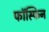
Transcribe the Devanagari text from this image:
फॉस्फिन